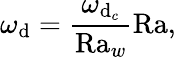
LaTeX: \omega_{\mathrm{d}}=\frac{{\omega_{\mathrm{d}_{c}}}}{{\textrm{{Ra}}_{w}}}\textrm{{Ra}},